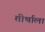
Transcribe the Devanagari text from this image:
तीर्थाला